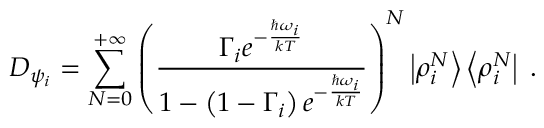
D _ { \psi _ { i } } = \sum _ { N = 0 } ^ { + \infty } { \left( \frac { \Gamma _ { i } e ^ { - { \frac { \hbar \omega _ { i } } { k T } } } } { 1 - \left( 1 - \Gamma _ { i } \right) e ^ { - { \frac { \hbar \omega _ { i } } { k T } } } } \right) } ^ { N } \left| \rho _ { i } ^ { N } \right> \left< \rho _ { i } ^ { N } \right| \; .